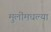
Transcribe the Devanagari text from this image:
मुलींमधल्या